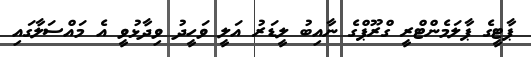
ޕާޓީގެ ޕާލަމެންޓްރީ ގްރޫޕްގެ ނާއިބު ލީޑަރު އަލީ ވަހީދު ވިދާޅުވީ އެ މައްސަލާގައި